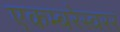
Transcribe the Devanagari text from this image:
एकम्बरेस्वरर